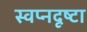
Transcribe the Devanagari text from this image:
स्‍वप्नदृष्‍टा